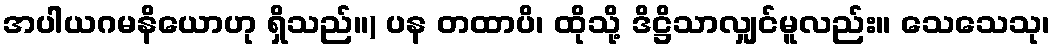
အပါယဂမနိယောဟု ရှိသည်။) ပန တထာပိ၊ ထိုသို့ ဒိဋ္ဌိသာလျှင်မူလည်း။ သေသေသု၊